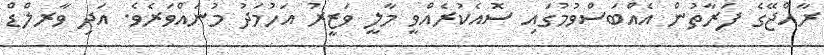
ރާއްޖޭގެ ފަރާތުން އެއްބަސްވުމުގައި ސޮއެކުރެއްވީ މާލީ ވަޒީރު އަހުމަދު މުނައްވަރެވެ. އަދި ވާރލްޑް